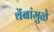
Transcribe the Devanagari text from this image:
थेंबांमुळे